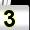
Digit: 3